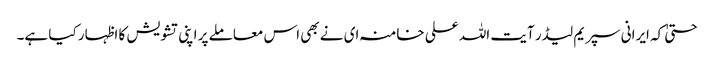
حتیٰ کہ ایرانی سپریم لیڈر آیت اللہ علی خامنہ ای نے بھی اس معاملے پر اپنی تشویش کا اظہار کیا ہے۔